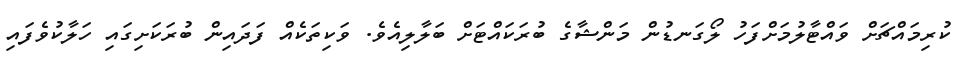
ކުރިމައްޗަށް ވައްޓާލުމަށްފަހު ލޯގަނޑުން މަންޝާގެ ބުރަކައްޓަށް ބަލާލިއެވެ. ވަކިތަކެއް ފަދައިން ބުރަކަށިގައި ހަލާކުވެފައި